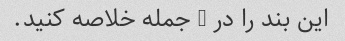
این بند را در 1 جمله خلاصه کنید.